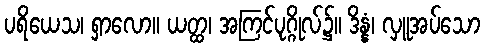
ပရိယေသ၊ ရှာလော။ ယတ္ထ၊ အကြင်ပုဂ္ဂိုလ်၌။ ဒိန္နံ၊ လှူအပ်သော